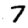
Digit: 7